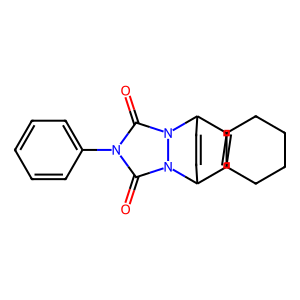
SMILES: O=c1n(-c2ccccc2)c(=O)n2n1C1C=CC2C23C=CC12CCCC3
Inhibits HIV replication: No